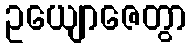
ဥယျောဇေတွာ